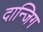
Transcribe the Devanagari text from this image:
दान्जिग